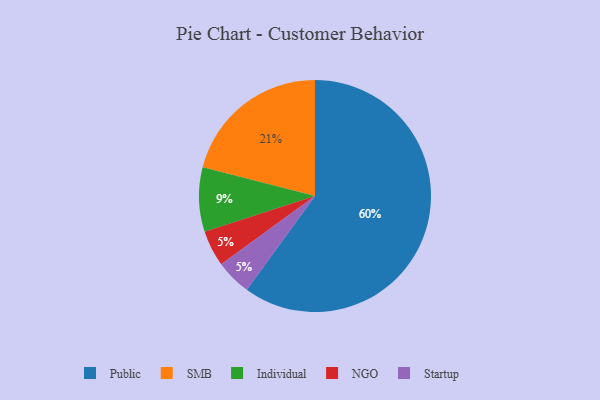
{"axis": {"x": "Category", "y": "Percentage"}, "legend": ["Individual", "NGO", "Public", "SMB", "Startup"], "data": [{"x": "Individual", "y": 9, "type": "Individual"}, {"x": "Public", "y": 60, "type": "Public"}, {"x": "NGO", "y": 5, "type": "NGO"}, {"x": "SMB", "y": 21, "type": "SMB"}, {"x": "Startup", "y": 5, "type": "Startup"}]}